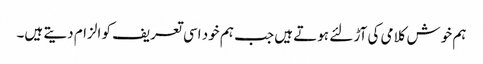
ہم خوش کلامی کی آڑ لئے ہوتے ہیں جب ہم خود اسی تعریف کو الزام دیتے ہیں۔